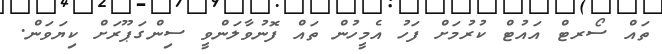
ތައް ސޯރޓް އައުޓް ކުރުމަށް ފަހު އެމީހުން ތައް ފޮނުވާލަންވީ ސިންގަޕޫރަށް ކިޔަވަން.